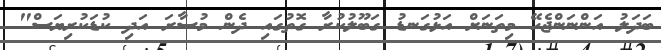
ބަދަލު އަންނަންޖެހޭ މިތަނަށް އަޅުގަނޑު ގަބޫލުކުރާ ގޮތުގައި ދެން މުސާރަ އަދި ކުޑަކުރިޔަސް"